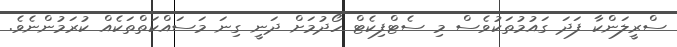
ސްރީލަންކާ ފަދަ ގައުމުތަކުވެސް މި ސެޓްފިކެޓް ހޯދުމަށް ދަނީ ގިނަ މަސައްކަތްތަކެއް ކުރަމުންނެވެ.